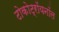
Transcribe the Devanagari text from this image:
टोकोट्रॉयनॉल